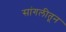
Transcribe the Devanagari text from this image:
सांगलीतून